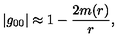
| g _ { 0 0 } | \approx 1 - \frac { 2 m ( r ) } { r } ,